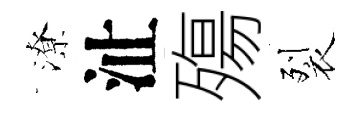
潦沚殤裂